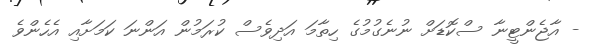
- އާޖެންޓީނާ ސްކޮޑަށް ނުނެގުމުގެ ހިތާމަ އަދިވެސް ކުރަމުން އަންނަ ކަމަށާއި އެހެންވެ